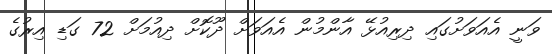
ވަނީ އެއަވަށުގައި ދިރިއުޅޭ އާންމުން އެއަވަށް ދޫކޮށް ދިއުމަށް 72 ގަޑި އިރުގެ